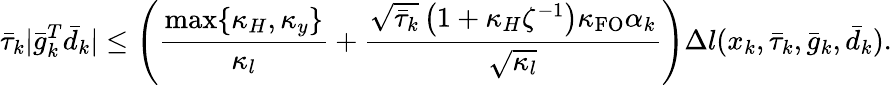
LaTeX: \bar{\tau}_{k}|\bar{g}_{k}^{T}\bar{d}_{k}|\leq\left(\frac{\operatorname*{max}\{ \kappa_{H},\kappa_{y}\} }{\kappa_{l}}+\frac{\sqrt{\bar{\tau}_{k}}\left(1+\kappa_{H}\zeta^{-1}\right)\kappa_{\mathrm{FO}}\alpha_{k}}{\sqrt{\kappa_{l}}}\right)\Delta l(x_{k},\bar{\tau}_{k},\bar{g}_{k},\bar{d}_{k}).